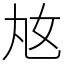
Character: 奿